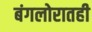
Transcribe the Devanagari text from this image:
बंगलोरातही